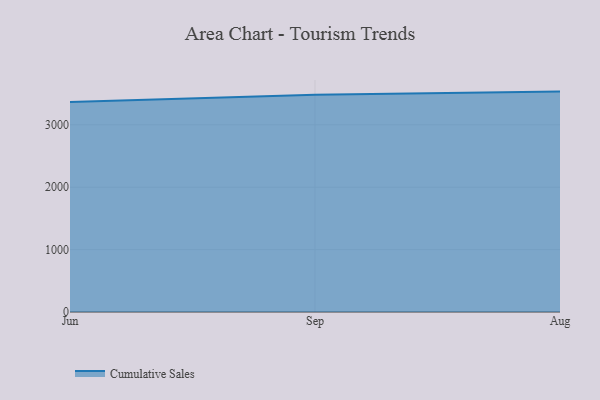
{"axis": {"x": "Month", "y": "Market Share (%)"}, "legend": ["Cumulative Sales"], "data": [{"x": "Jun", "y": 3365.4, "type": "Cumulative Sales"}, {"x": "Sep", "y": 3480.7, "type": "Cumulative Sales"}, {"x": "Aug", "y": 3532.3, "type": "Cumulative Sales"}]}